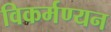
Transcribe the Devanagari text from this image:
विकर्मण्यन